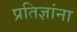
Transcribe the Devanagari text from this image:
प्रतिज्ञांना